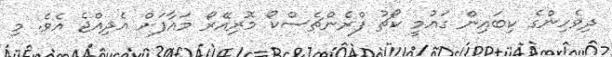
ދިވެހިންގެ ކިބައިން ގައުމީ ކޯޗު ފްރެންޗެސްކޯ މޮރިއޭރޯ މައާފަށް އެދިއްޖެ އެވެ. މި